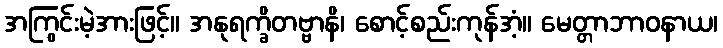
အကြွင်းမဲ့အားဖြင့်။ အနုရက္ခိတဗ္ဗာနိ၊ စောင့်စည်းကုန်အံ့။ မေတ္တာဘာဝနာယ၊